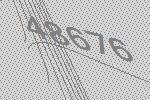
48676